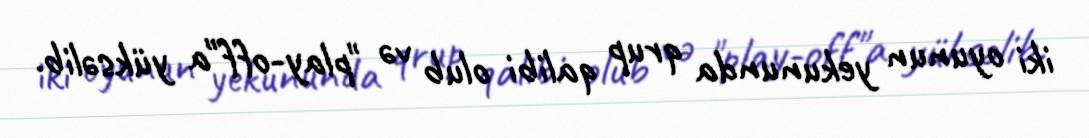
iki oyunun yekununda qrup qalibi olub və "play-off"a yüksəlib.